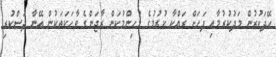
ހޭދަކުރުން މަދުކުރުމާއި ފަހަށް ރައްކާ ކުރުމުގެ މުހިންމުކަން ރާޖަންގެ ވާހަކަތަކުން އޭނާ ދަސްކުރި